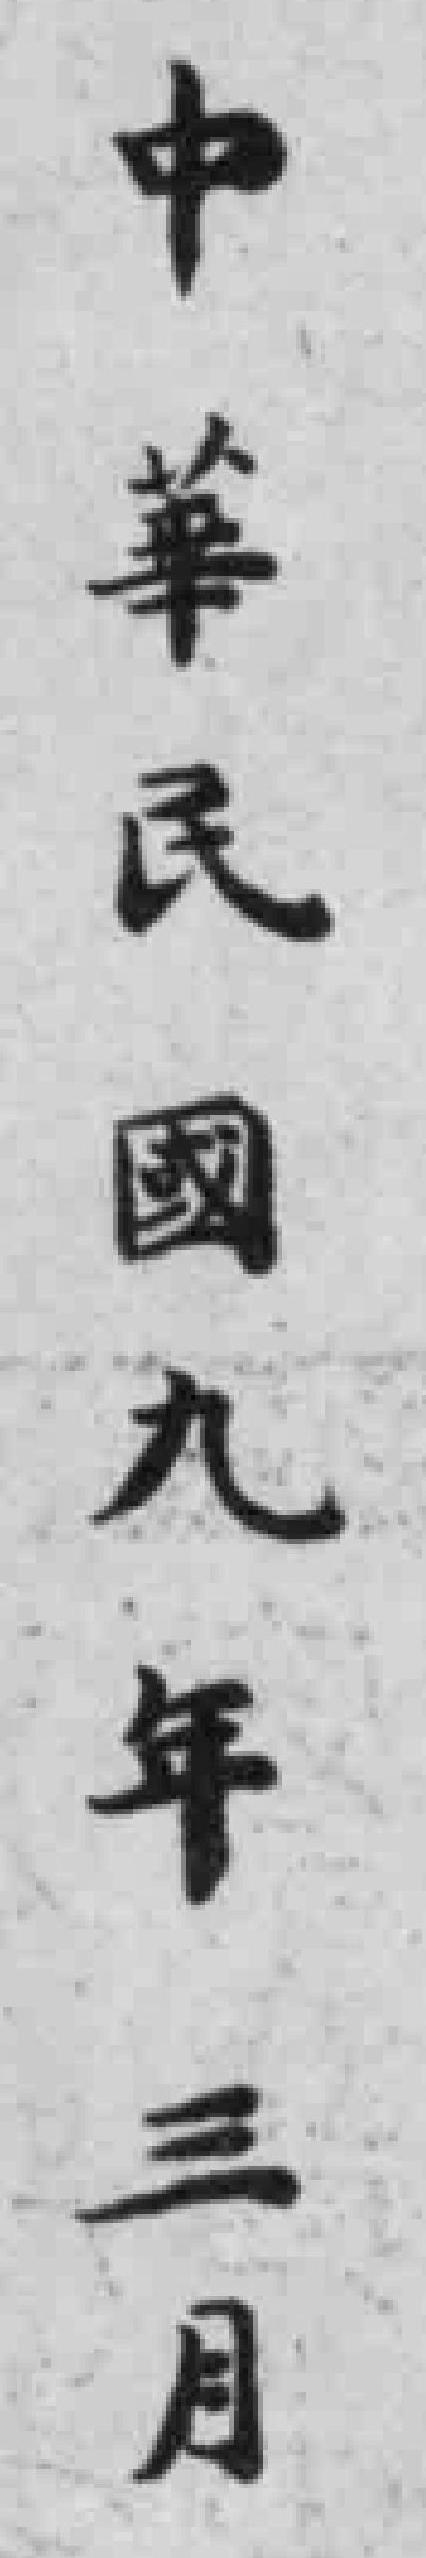
中華民國九年三月